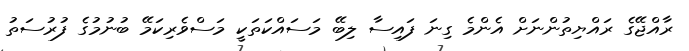
ރާއްޖޭގެ ރައްޔިތުންނަށް އެންމެ ގިނަ ފައިސާ ލިބޭ މަސައްކަތަކީ މަސްވެރިކަމޭ ބުނުމުގެ ފުރުސަތު